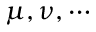
\mu , \nu , \cdots